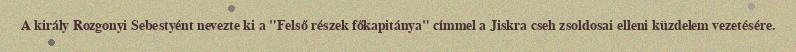
A király Rozgonyi Sebestyént nevezte ki a "Felső részek főkapitánya" címmel a Jiskra cseh zsoldosai elleni küzdelem vezetésére.